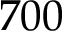
7 0 0